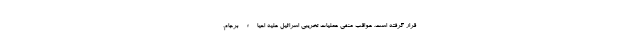
قرار گرفته است. عواقب منفی عملیات تخریبی اسرائیل علیه احیاء برجام،